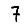
Digit: 7